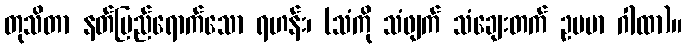
တုသိတာ နတ်ပြည်ရောက်သော ရဟန်း၊ (သံကို သံဖျက် သံချေးတက် ဥပမာ ဂါထာ)။